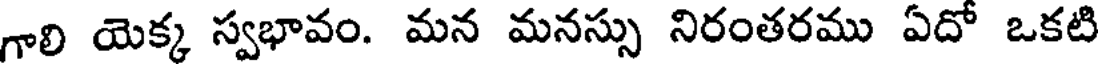
గాలి యెక్క స్వభావం. మన మనస్సు నిరంతరము ఏదో ఒకటి